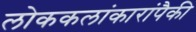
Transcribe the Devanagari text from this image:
लोककलांकारांपैकी